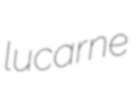
lucarne